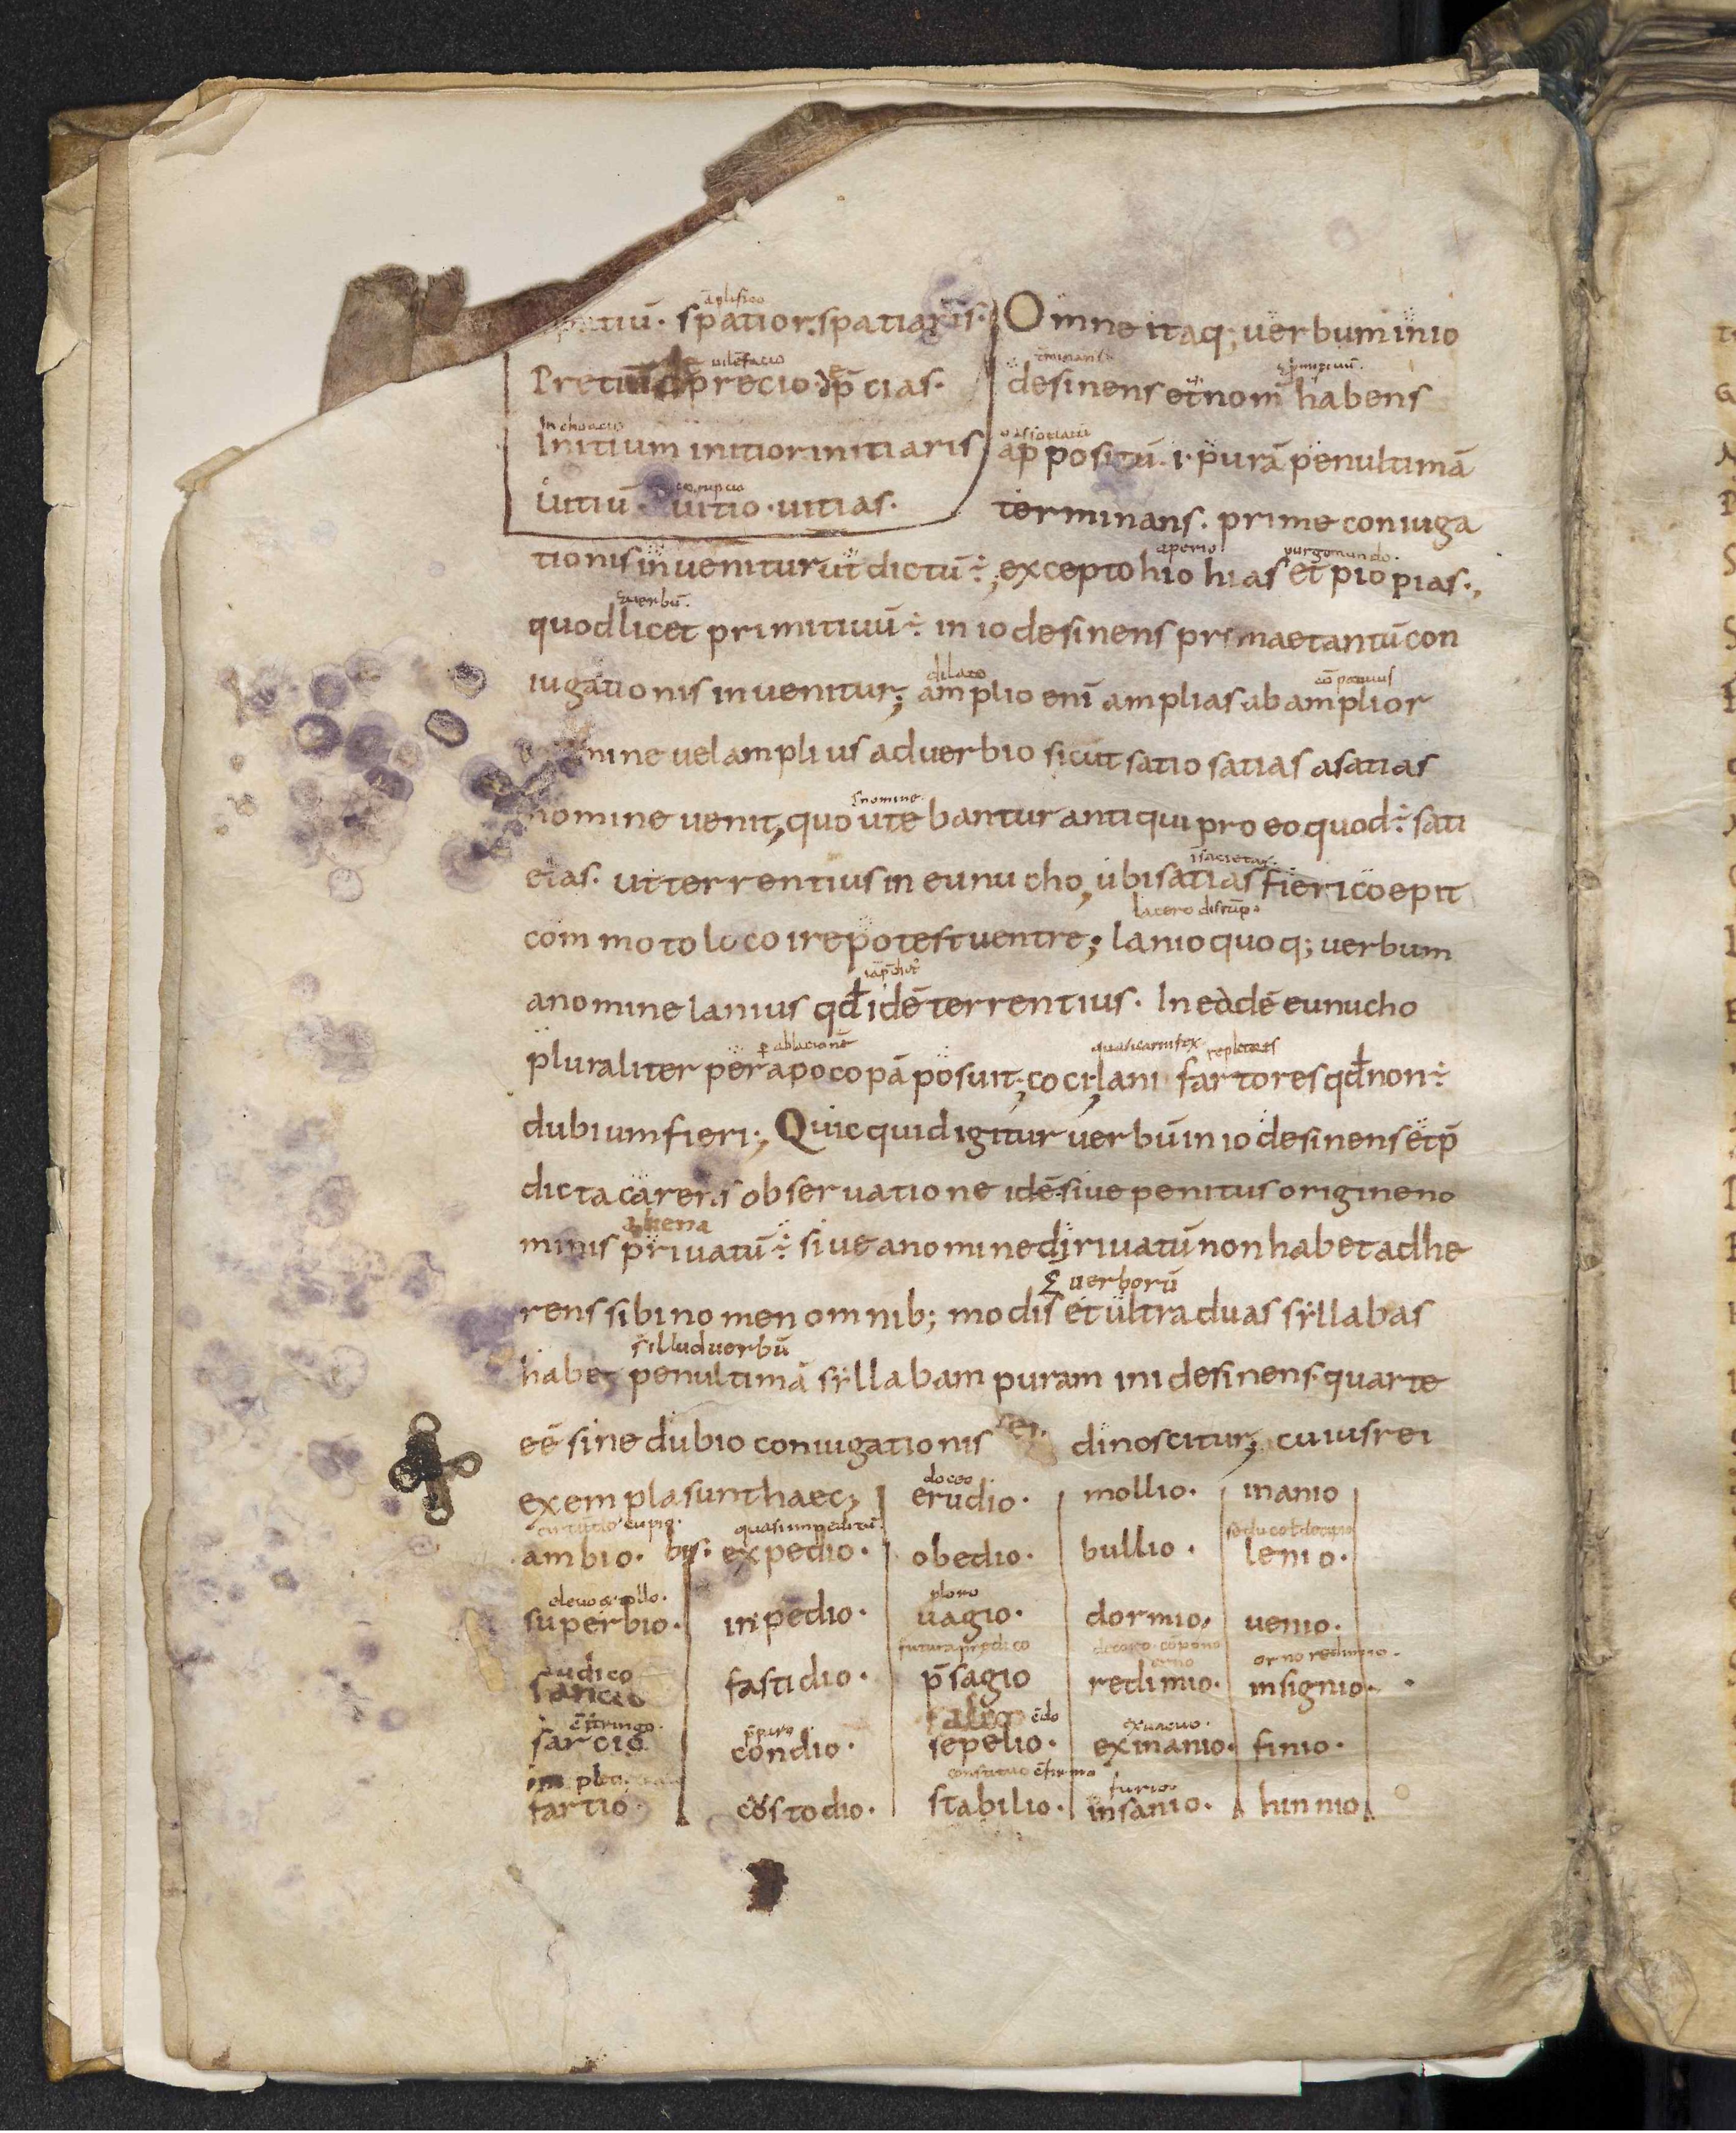
Shelfmark: Leiden, Bibliotheek der Rijksuniversiteit, Voss. Lat. O 41
Century: 9